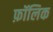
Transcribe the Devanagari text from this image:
फ़ॉलिक